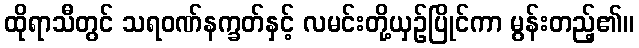
ထိုရာသီတွင် သရဝဏ်နက္ခတ်နှင့် လမင်းတို့ယှဉ်ပြိုင်ကာ မွန်းတည့်၏။